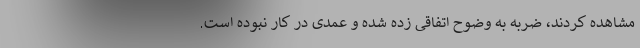
مشاهده کردند، ضربه به وضوح اتفاقی زده شده و عمدی در کار نبوده است.